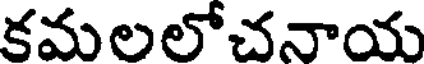
కమలలోచనాయ